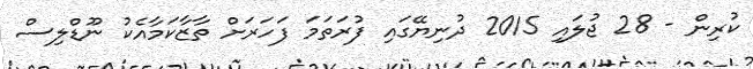
ކުރިން - 28 ޖުލައި 2015 ދުނިޔޭގައި ފުރަތަމަ ފަހަރަށް ތާޒާކަމާއެކު ނޫޑްލިސް